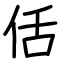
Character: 佸